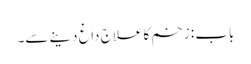
باب : زخم کا علاج داغ دینے سے۔